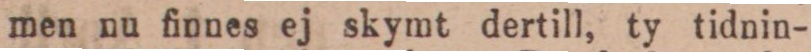
men nu finnes ej skymt dertill, ty tidnin-